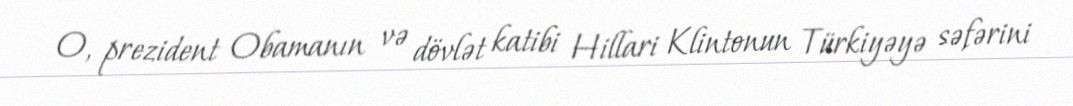
O, prezident Obamanın və dövlət katibi Hillari Klintonun Türkiyəyə səfərini